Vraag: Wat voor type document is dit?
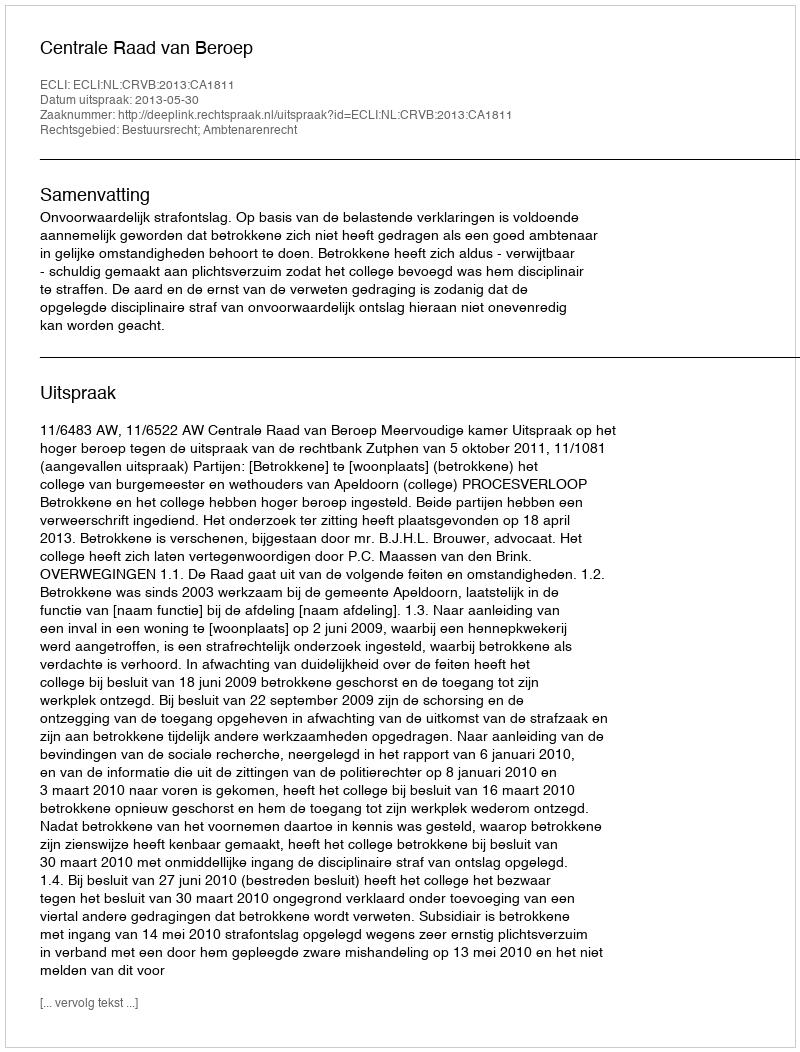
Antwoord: Uitspraak